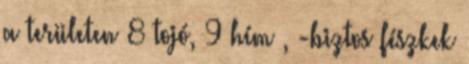
a területen 8 tojó, 9 hím , -biztos fészkek